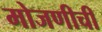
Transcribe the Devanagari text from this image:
मोजणीची